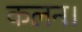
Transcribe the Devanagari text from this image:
कलन।